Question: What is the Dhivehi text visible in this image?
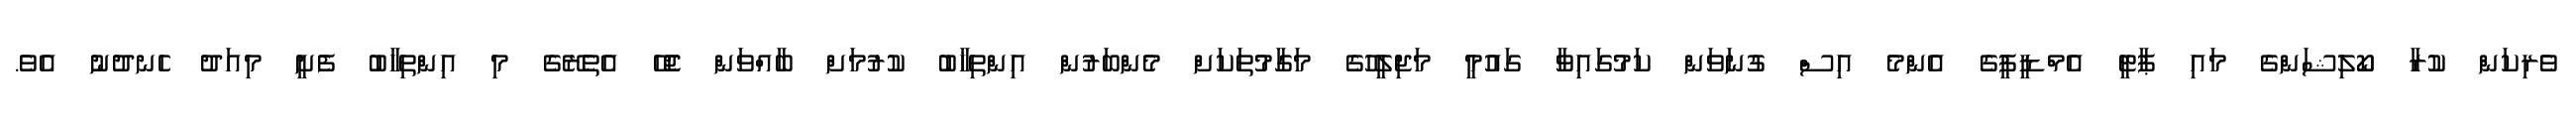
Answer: ވެރިކަން ކުރާ ކޯލިޝަންގެ މައި ޕާޓީ އެމްޑީޕީގެ އެންމެ އިސް ގުނަވަން ކަމުގައިވާ ގައުމީ މަޖިލީހުގެ މަގާމުތަކަށް މެންބަރުން އިންތިޚާބު ކުރުމަށް ބާއްވަން ޖެހޭ އެތެރޭގެ މި އިންތިހާބު ފެށީ މިއަދު ހެނދުނު އެވެ.